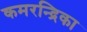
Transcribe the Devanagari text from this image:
कमरन्द्रिका